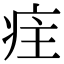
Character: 疰